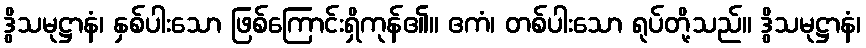
ဒွိသမုဋ္ဌာနံ၊ နှစ်ပါးသော ဖြစ်ကြောင်းရှိကုန်၏။ ဧကံ၊ တစ်ပါးသော ရုပ်တို့သည်။ ဒွိသမုဋ္ဌာနံ၊